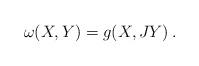
LaTeX: \begin{align*}\omega(X,Y)=g(X,JY)\,.\end{align*}